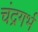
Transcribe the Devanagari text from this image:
चंद्रगर्भ